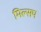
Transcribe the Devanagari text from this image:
मिल्सप